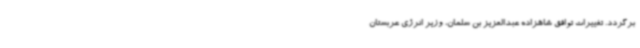
برگردد. تغییرات توافق شاهزاده عبدالعزیز بن سلمان، وزیر انرژی عربستان